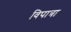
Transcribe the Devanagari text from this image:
विपात्रा